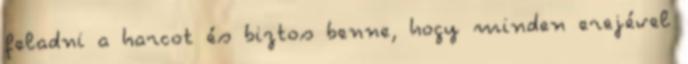
feladni a harcot és biztos benne, hogy minden erejével